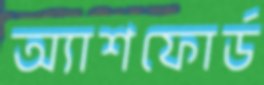
অ্যাশফোর্ড